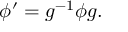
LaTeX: \phi ^ { \prime } = g ^ { - 1 } \phi g .